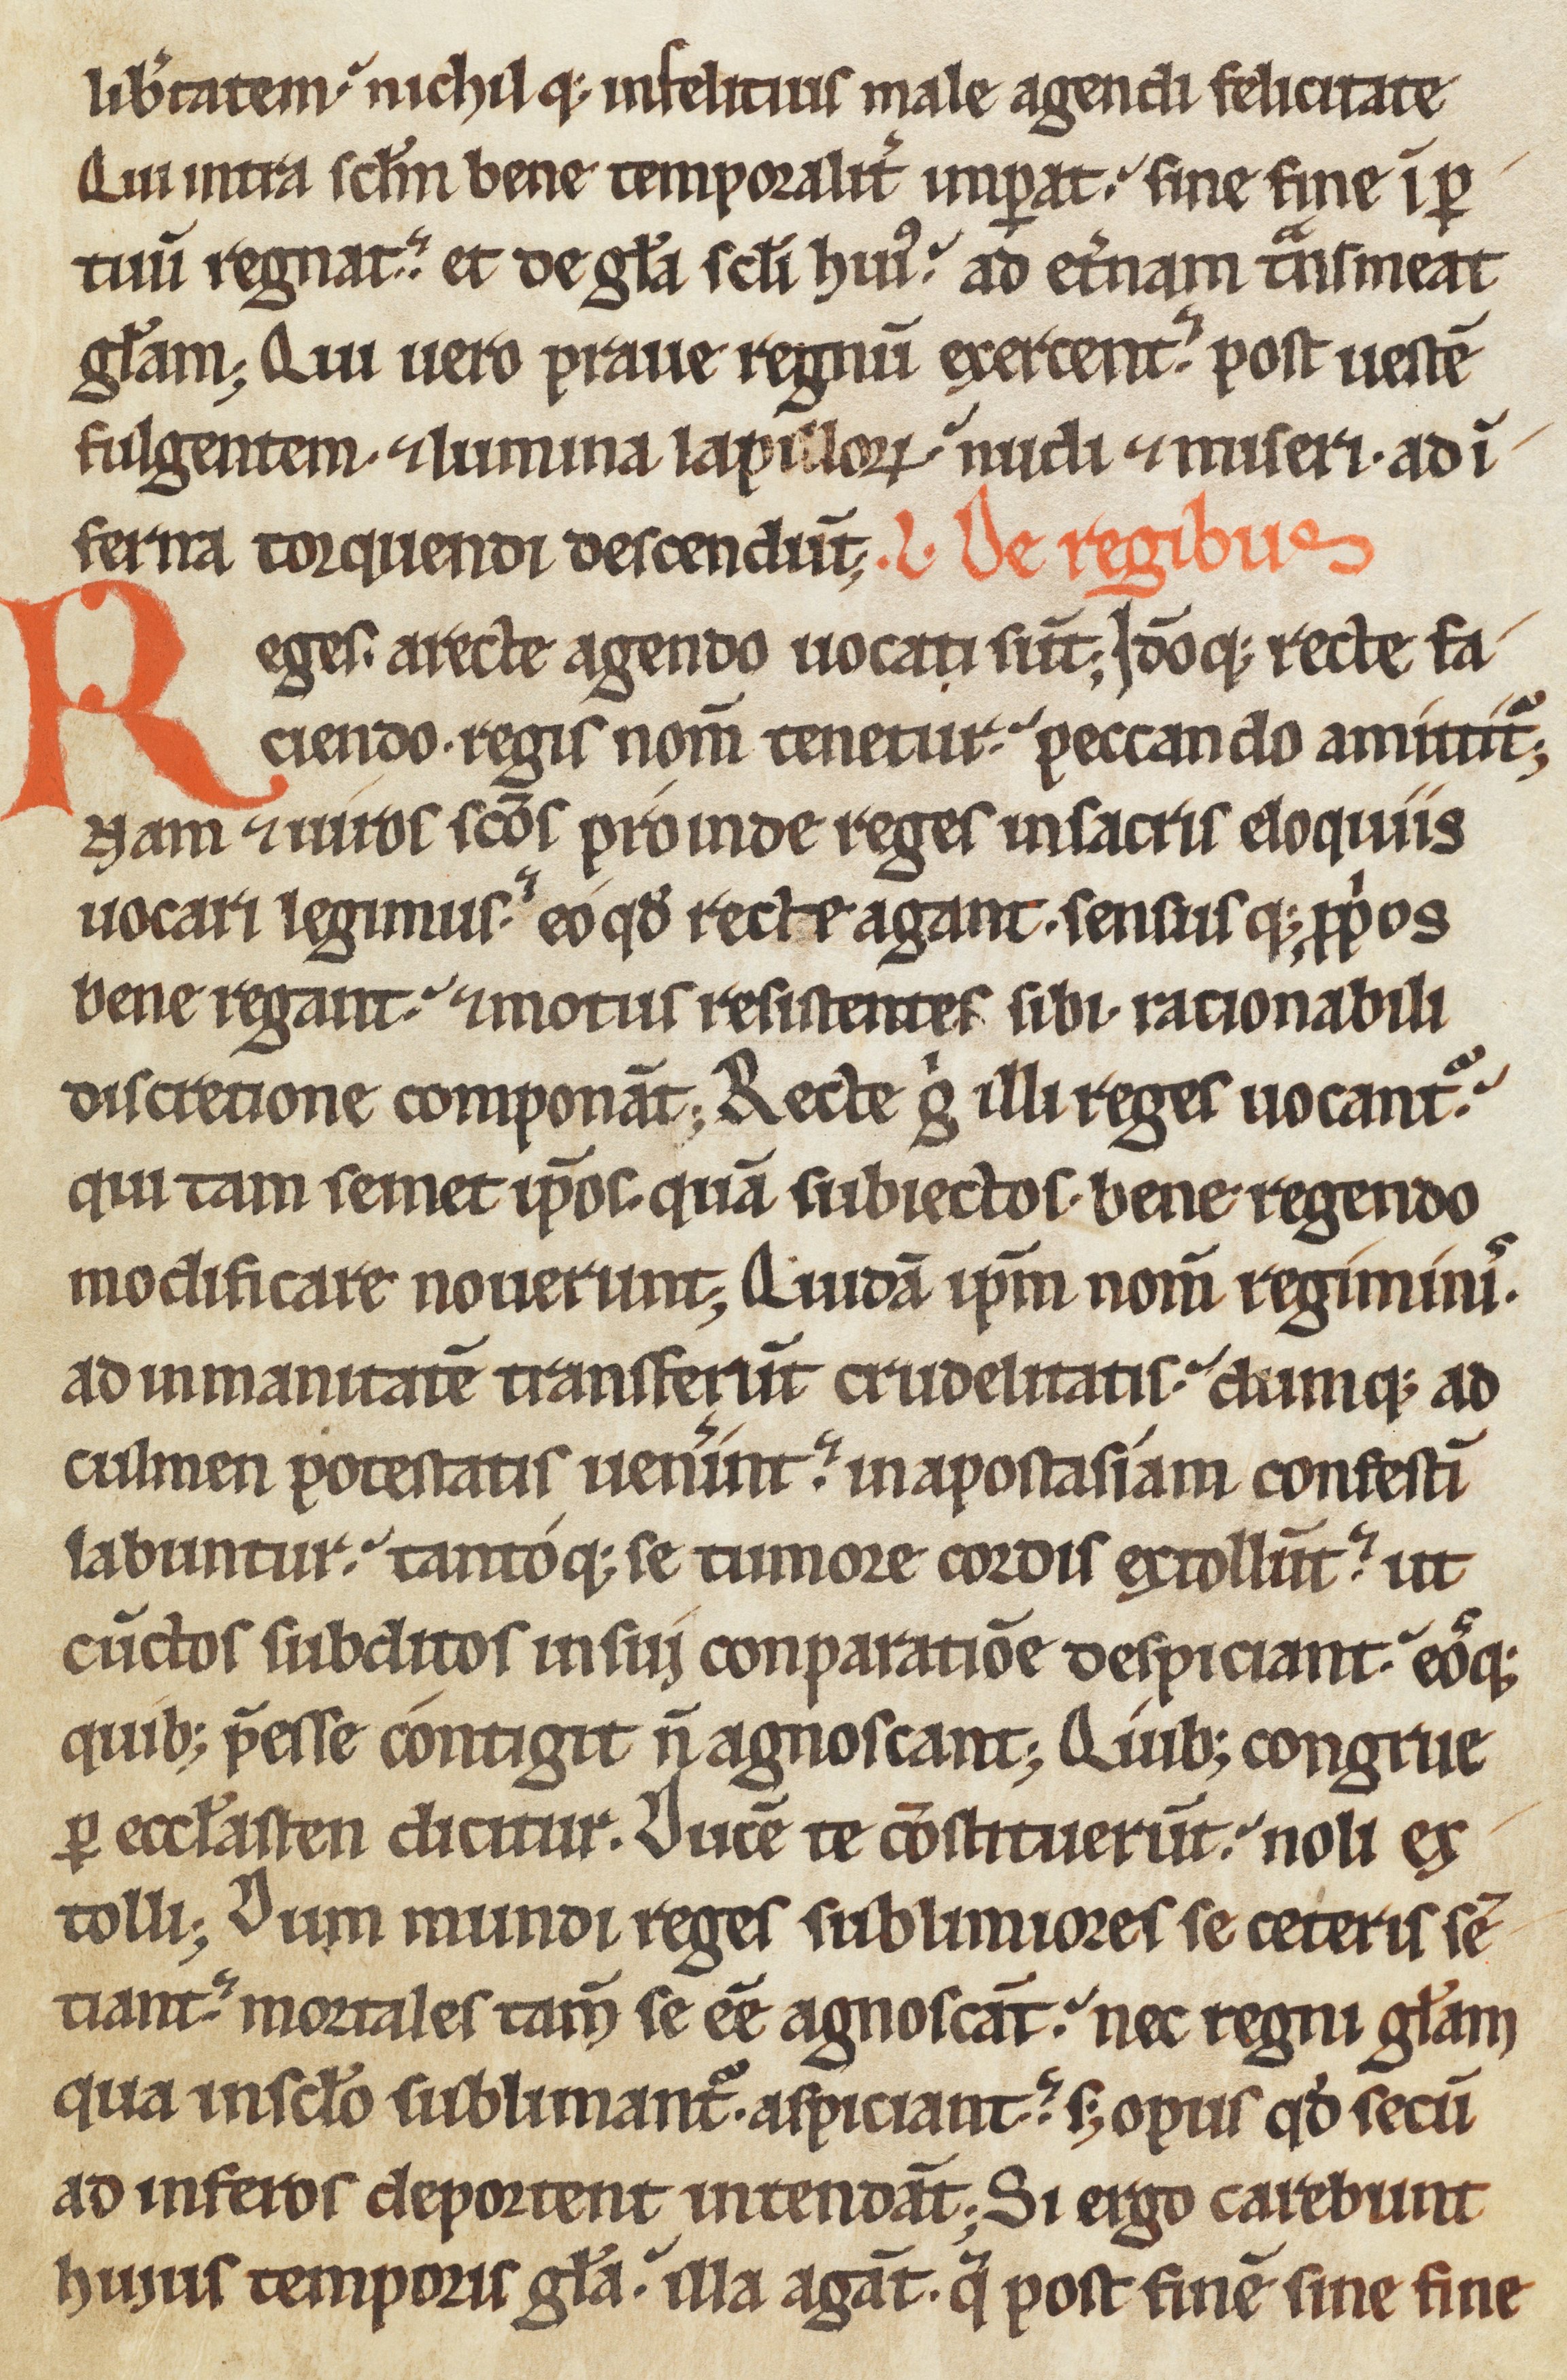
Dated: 1170–1199